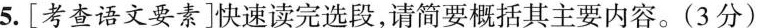
5.[考查语文要素]快速读完选段，请简要概括其主要内容。(3分)